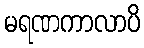
မရဏကာလာပိ